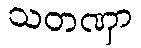
သတဏှာ